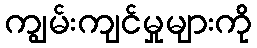
ကျွမ်းကျင်မှုများကို